Vaccination in Bombay 1863-1868 - 1863-1868
Year: 1863
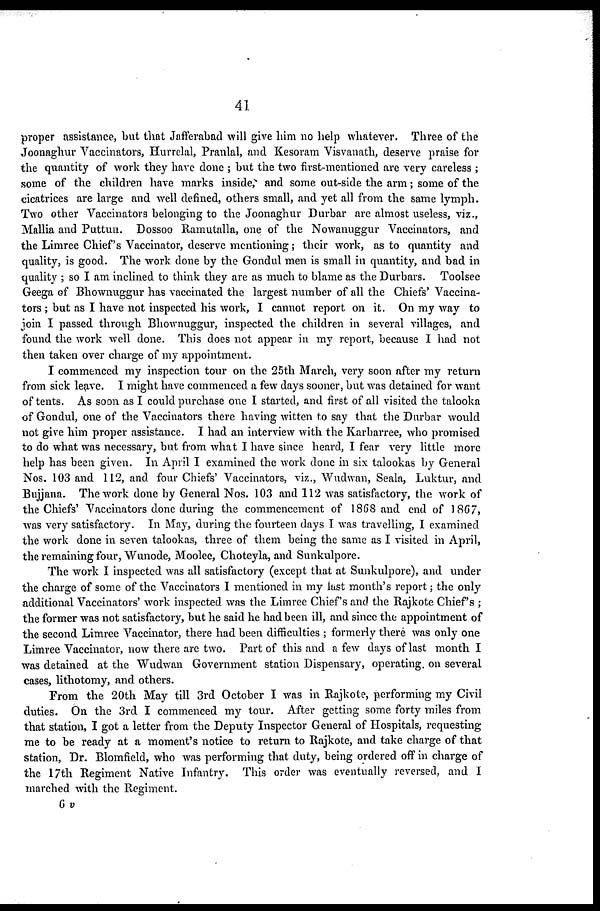
41
proper assistance, but that Jafferabad will give him no help whatever. Three of the
Joonaghur Vaccinators, Hurrelal, Pranlal, and Kesoram Visvanath, deserve praise for
the quantity of work they have done ; but the two first-mentioned are very careless ;
some of the children have marks inside, and some out-side the arm; some of the
cicatrices are large and well defined, others small, and yet all from the same lymph.
Two other Vaccinators belonging to the Joonaghur Durbar are almost useless, viz.,
Mallia and Puttun. Dossoo Ramutalla, one of the Nowanuggur Vaccinators, and
the Limree Chief's Vaccinator, deserve mentioning; their work, as to quantity and
quality, is good. The work done by the Gondul men is small in quantity, and bad in
quality ; so I am inclined to think they are as much to blame as the Durbars. Toolsee
Geega of Bhownuggur has vaccinated the largest number of all the Chiefs' Vaccina-
tors ; but as I have not inspected his work, I cannot report on it. On my way to
join I passed through Bhownuggur, inspected the children in several villages, and
found the work well done. This does not appear in my report, because I had not
then taken over charge of my appointment.
I commenced my inspection tour on the 25th March, very soon after my return
from sick leave. I might have commenced a few days sooner, but was detained for want
of tents. As soon as I could purchase one I started, and first of all visited the talooka
of Gondul, one of the Vaccinators there having witten to say that the Durbar would
not give him proper assistance. I had an interview with the Karbarree, who promised
to do what was necessary, but from what I have since heard, I fear very little more
help has been given. In April I examined the work done in six talookas by General
Nos. 103 and 112, and four Chiefs' Vaccinators, viz., Wudwan, Seala, Luktur, and
Bujjana. The work done by General Nos. 103 and 112 was satisfactory, the work of
the Chiefs' Vaccinators done during the commencement of 1868 and end of 1867,
was very satisfactory. In May, during the fourteen days I was travelling, I examined
the work done in seven talookas, three of them being the same as I visited in April,
the remaining four, Wunode, Moolee, Choteyla, and Sunkulpore.
The work I inspected was all satisfactory (except that at Sunkulpore), and under
the charge of some of the Vaccinators I mentioned in my last month's report; the only
additional Vaccinators' work inspected was the Limree Chief's and the Rajkote Chief's ;
the former was not satisfactory, but he said he had been ill, and since the appointment of
the second Limree Vaccinator, there had been difficulties ; formerly there was only one
Limree Vaccinator, now there are two. Part of this and a few days of last month I
was detained at the Wudwan Government station Dispensary, operating, on several
cases, lithotomy, and others.
From the 20th May till 3rd October I was in Rajkote, performing my Civil
duties. On the 3rd I commenced my tour. After getting some forty miles from
that station, I got a letter from the Deputy Inspector General of Hospitals, requesting
me to be ready at a moment's notice to return to Rajkote, and take charge of that
station, Dr. Blomfield, who was performing that duty, being ordered off in charge of
the 17th Regiment Native Infantry. This order was eventually reversed, and I
marched with the Regiment.
6 v